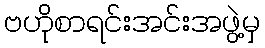
ဗဟိုစာရင်းအင်းအဖွဲ့မှ